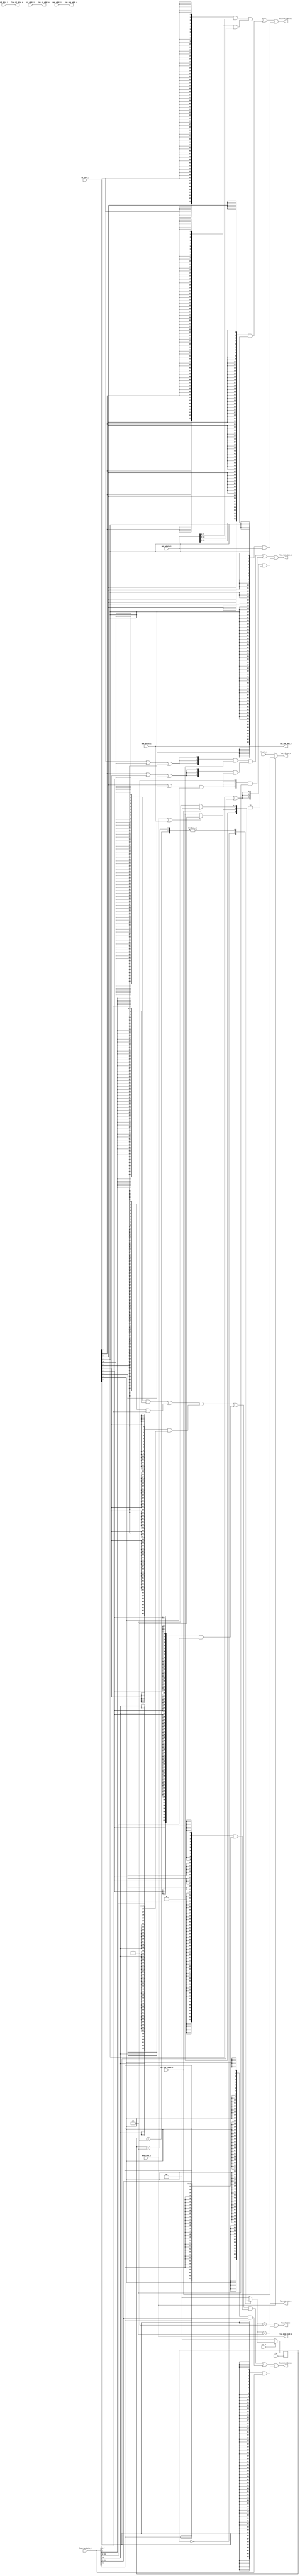
module lsu(
    input            clk,
    input            rst_n,

    // ls
    input     [63:0] mem_addr_i,
    input     [63:0] mem_wdata_i,
    input            mem_read_i,
    input            mem_write_i,
    input     [10:0] ls_info_i,

    // ram port
    output           lsu_ram_cen_o,
    output           lsu_ram_wen_o,
    output    [63:0] lsu_ram_addr_o,
    output    [2:0]  lsu_ram_size_o,
    output    [63:0] lsu_ram_wdata_o,
    input     [63:0] lsu_ram_data_i,
    input            lsu_ram_ready_i,

    // wb
    input            rd_wen_i,
    input     [63:0] rd_data_i,
    input     [4:0]  rd_addr_i,
    output           lsu_rd_wen_o,
    output    [63:0] lsu_rd_data_o,
    output    [4:0]  lsu_rd_addr_o,
    output    [63:0] lsu_mem_rdata_o,
    output           lsu_mem_read_o,
    output           lsu_hold_o
);


wire op_ls_lb  = ls_info_i[10];
wire op_ls_lbu = ls_info_i[9];
wire op_ls_ld  = ls_info_i[8];
wire op_ls_lh  = ls_info_i[7];
wire op_ls_lhu = ls_info_i[6];
wire op_ls_lw  = ls_info_i[5];
wire op_ls_lwu = ls_info_i[4];
wire op_ls_sb  = ls_info_i[3];
wire op_ls_sd  = ls_info_i[2];
wire op_ls_sh  = ls_info_i[1];
wire op_ls_sw  = ls_info_i[0];

wire [63:0] lb_rdata;
wire [63:0] lh_rdata;
wire [63:0] lw_rdata;
wire [63:0] lbu_rdata;
wire [63:0] lhu_rdata;
wire [63:0] lwu_rdata;
wire [63:0] rdata;

wire [63:0] sb_wdata;
wire [63:0] sh_wdata;
wire [63:0] sw_wdata;
wire [63:0] wdata;

wire [2:0]  b_size = 3'b000;
wire [2:0]  h_size = 3'b001;
wire [2:0]  w_size = 3'b010;
wire [2:0]  d_size = 3'b011;
wire [2:0]  size;

wire        mem_req = mem_read_i | mem_write_i;
reg  [1:0]  cur_state;
reg  [1:0]  nxt_state;

localparam IDLE = 2'd0;
localparam REQ  = 2'd1;
localparam WAIT = 2'd2;

//-------------State machine-----------
always @(posedge clk) begin
    if(~rst_n) begin
        cur_state <= IDLE;
    end
    else begin
        cur_state <= nxt_state;
    end
end

always @(*) begin
    case (cur_state)
        IDLE : begin
            if (mem_req)
                nxt_state = REQ;
            else
                nxt_state = IDLE;
        end
        REQ  : begin
            if (lsu_ram_ready_i)
                nxt_state = IDLE;
            else
                nxt_state = WAIT;
        end
        WAIT : begin
            if (lsu_ram_ready_i)
                nxt_state = IDLE;
            else
                nxt_state = WAIT;
            end
        default : nxt_state = IDLE;
    endcase
end

//---------------------------store-----------------------------
assign sb_wdata = {56'd0, mem_wdata_i[7:0]};
assign sh_wdata = {48'b0, mem_wdata_i[15:0]};
assign sw_wdata = {32'b0, mem_wdata_i[31:0]};

assign wdata = ({64{op_ls_sb}} & sb_wdata )
              |({64{op_ls_sh}} & sh_wdata )
              |({64{op_ls_sw}} & sw_wdata )
              |({64{op_ls_sd}} & mem_wdata_i)
            ;

assign size  = ({3{op_ls_sb | op_ls_lb | op_ls_lbu}} & b_size )
              |({3{op_ls_sh | op_ls_lh | op_ls_lhu}} & h_size )
              |({3{op_ls_sw | op_ls_lw | op_ls_lwu}} & w_size )
              |({3{op_ls_sd | op_ls_ld}}             & d_size)
            ;

//------------------------load----------------------------------------
assign lb_rdata  = {{56{lsu_ram_data_i[7]}}, lsu_ram_data_i[7:0]};
assign lbu_rdata = { 56'b0,               lsu_ram_data_i[7:0]};

assign lh_rdata  = {{48{lsu_ram_data_i[15]}},lsu_ram_data_i[15:0]};
assign lhu_rdata = { 48'b0,               lsu_ram_data_i[15:0]};

assign lw_rdata  = {{32{lsu_ram_data_i[31]}},lsu_ram_data_i[31:0]};
assign lwu_rdata = { 32'b0,               lsu_ram_data_i[31:0]};

assign rdata = ({64{op_ls_lb }} & lb_rdata )
            |  ({64{op_ls_lbu}} & lbu_rdata )
            |  ({64{op_ls_lh }} & lh_rdata )
            |  ({64{op_ls_lhu}} & lhu_rdata )
            |  ({64{op_ls_lw }} & lw_rdata )
            |  ({64{op_ls_lwu}} & lwu_rdata )
            |  ({64{op_ls_ld }} & lsu_ram_data_i)
                  ;

//---------------ram port-------------
assign lsu_ram_cen_o   = (nxt_state == REQ);
assign lsu_ram_wen_o   = mem_write_i;
assign lsu_ram_addr_o  = mem_addr_i;
assign lsu_ram_wdata_o = wdata;
assign lsu_ram_size_o  = size;

//--------------cpu port------------
assign lsu_rd_wen_o    = mem_read_i ? lsu_ram_ready_i : rd_wen_i;
assign lsu_rd_addr_o   = rd_addr_i;
assign lsu_rd_data_o   = rd_data_i;
assign lsu_mem_read_o  = mem_read_i;
assign lsu_mem_rdata_o = rdata;

//-----------pipeline hold---------
assign lsu_hold_o = (nxt_state == REQ || nxt_state == WAIT);

endmodule